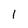
Character: l